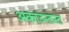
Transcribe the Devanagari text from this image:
अकाउन्टन्ट